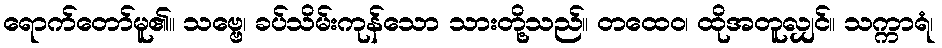
ရောက်တော်မူ၏။ သဗ္ဗေ၊ ခပ်သိမ်းကုန်သော သားတို့သည်။ တထေဝ၊ ထိုအတူလျှင်။ သက္ကာရံ၊